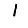
Digit: 1